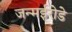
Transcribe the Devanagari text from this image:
जन्मईरोडे